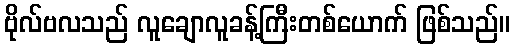
ဗိုလ်ဗလသည် လူချောလူခန့်ကြီးတစ်ယောက် ဖြစ်သည်။